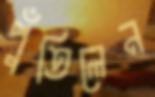
পুঁতিলেন